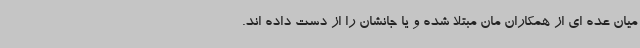
میان عده ای از همکاران مان مبتلا شده و یا جانشان را از دست داده اند.